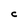
Character: C